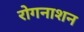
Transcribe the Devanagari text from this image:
रोगनाशन